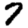
Digit: 7